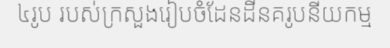
៤រូប របស់ក្រសួងរៀបចំដែនដីនគរូបនីយកម្ម